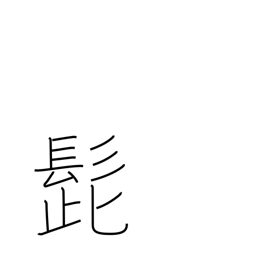
Meaning: mustache